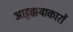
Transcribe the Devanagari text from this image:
आट्टक्कथाकारों